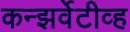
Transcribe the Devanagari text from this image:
कन्झर्वेटीव्ह